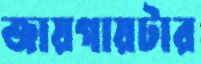
জায়গায়টার